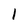
Character: I